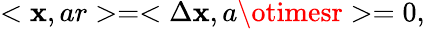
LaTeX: <\mathbf{x},ar>=<\Delta\mathbf{x},a\otimesr>=0,